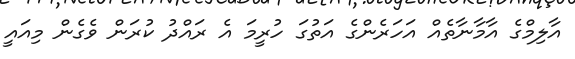
އާލިމްގެ އާމާނާތެއް އަހަރެންގެ އަތުގަ ހުރީމަ އެ ރައްދު ކުރަން ވެގެން މިއައީ